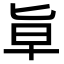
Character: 㔬